Senior Leaving Certificate Examination (including Day School Certificate (Higher) General paper), 1947
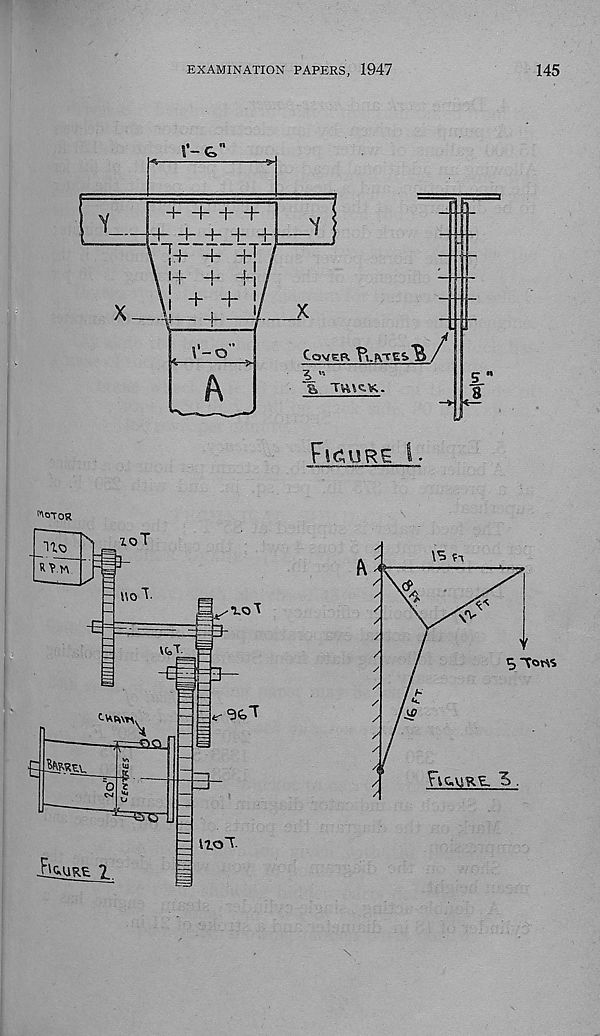
EXAMINATION PAPERS, 1947
145
""noR